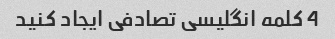
4 کلمه انگلیسی تصادفی ایجاد کنید